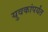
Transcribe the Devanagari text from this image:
युवकांपर्यंत